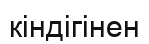
кіндігінен